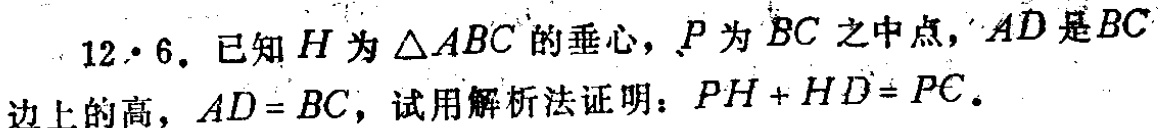
12.6. 已知\(H\)为\(\triangle ABC\)的垂心，\(P\)为\(BC\)之中点，\(AD\)是\(BC\)边上的高，\(AD = BC\)，试用解析法证明：\(PH + HD= PC\)。